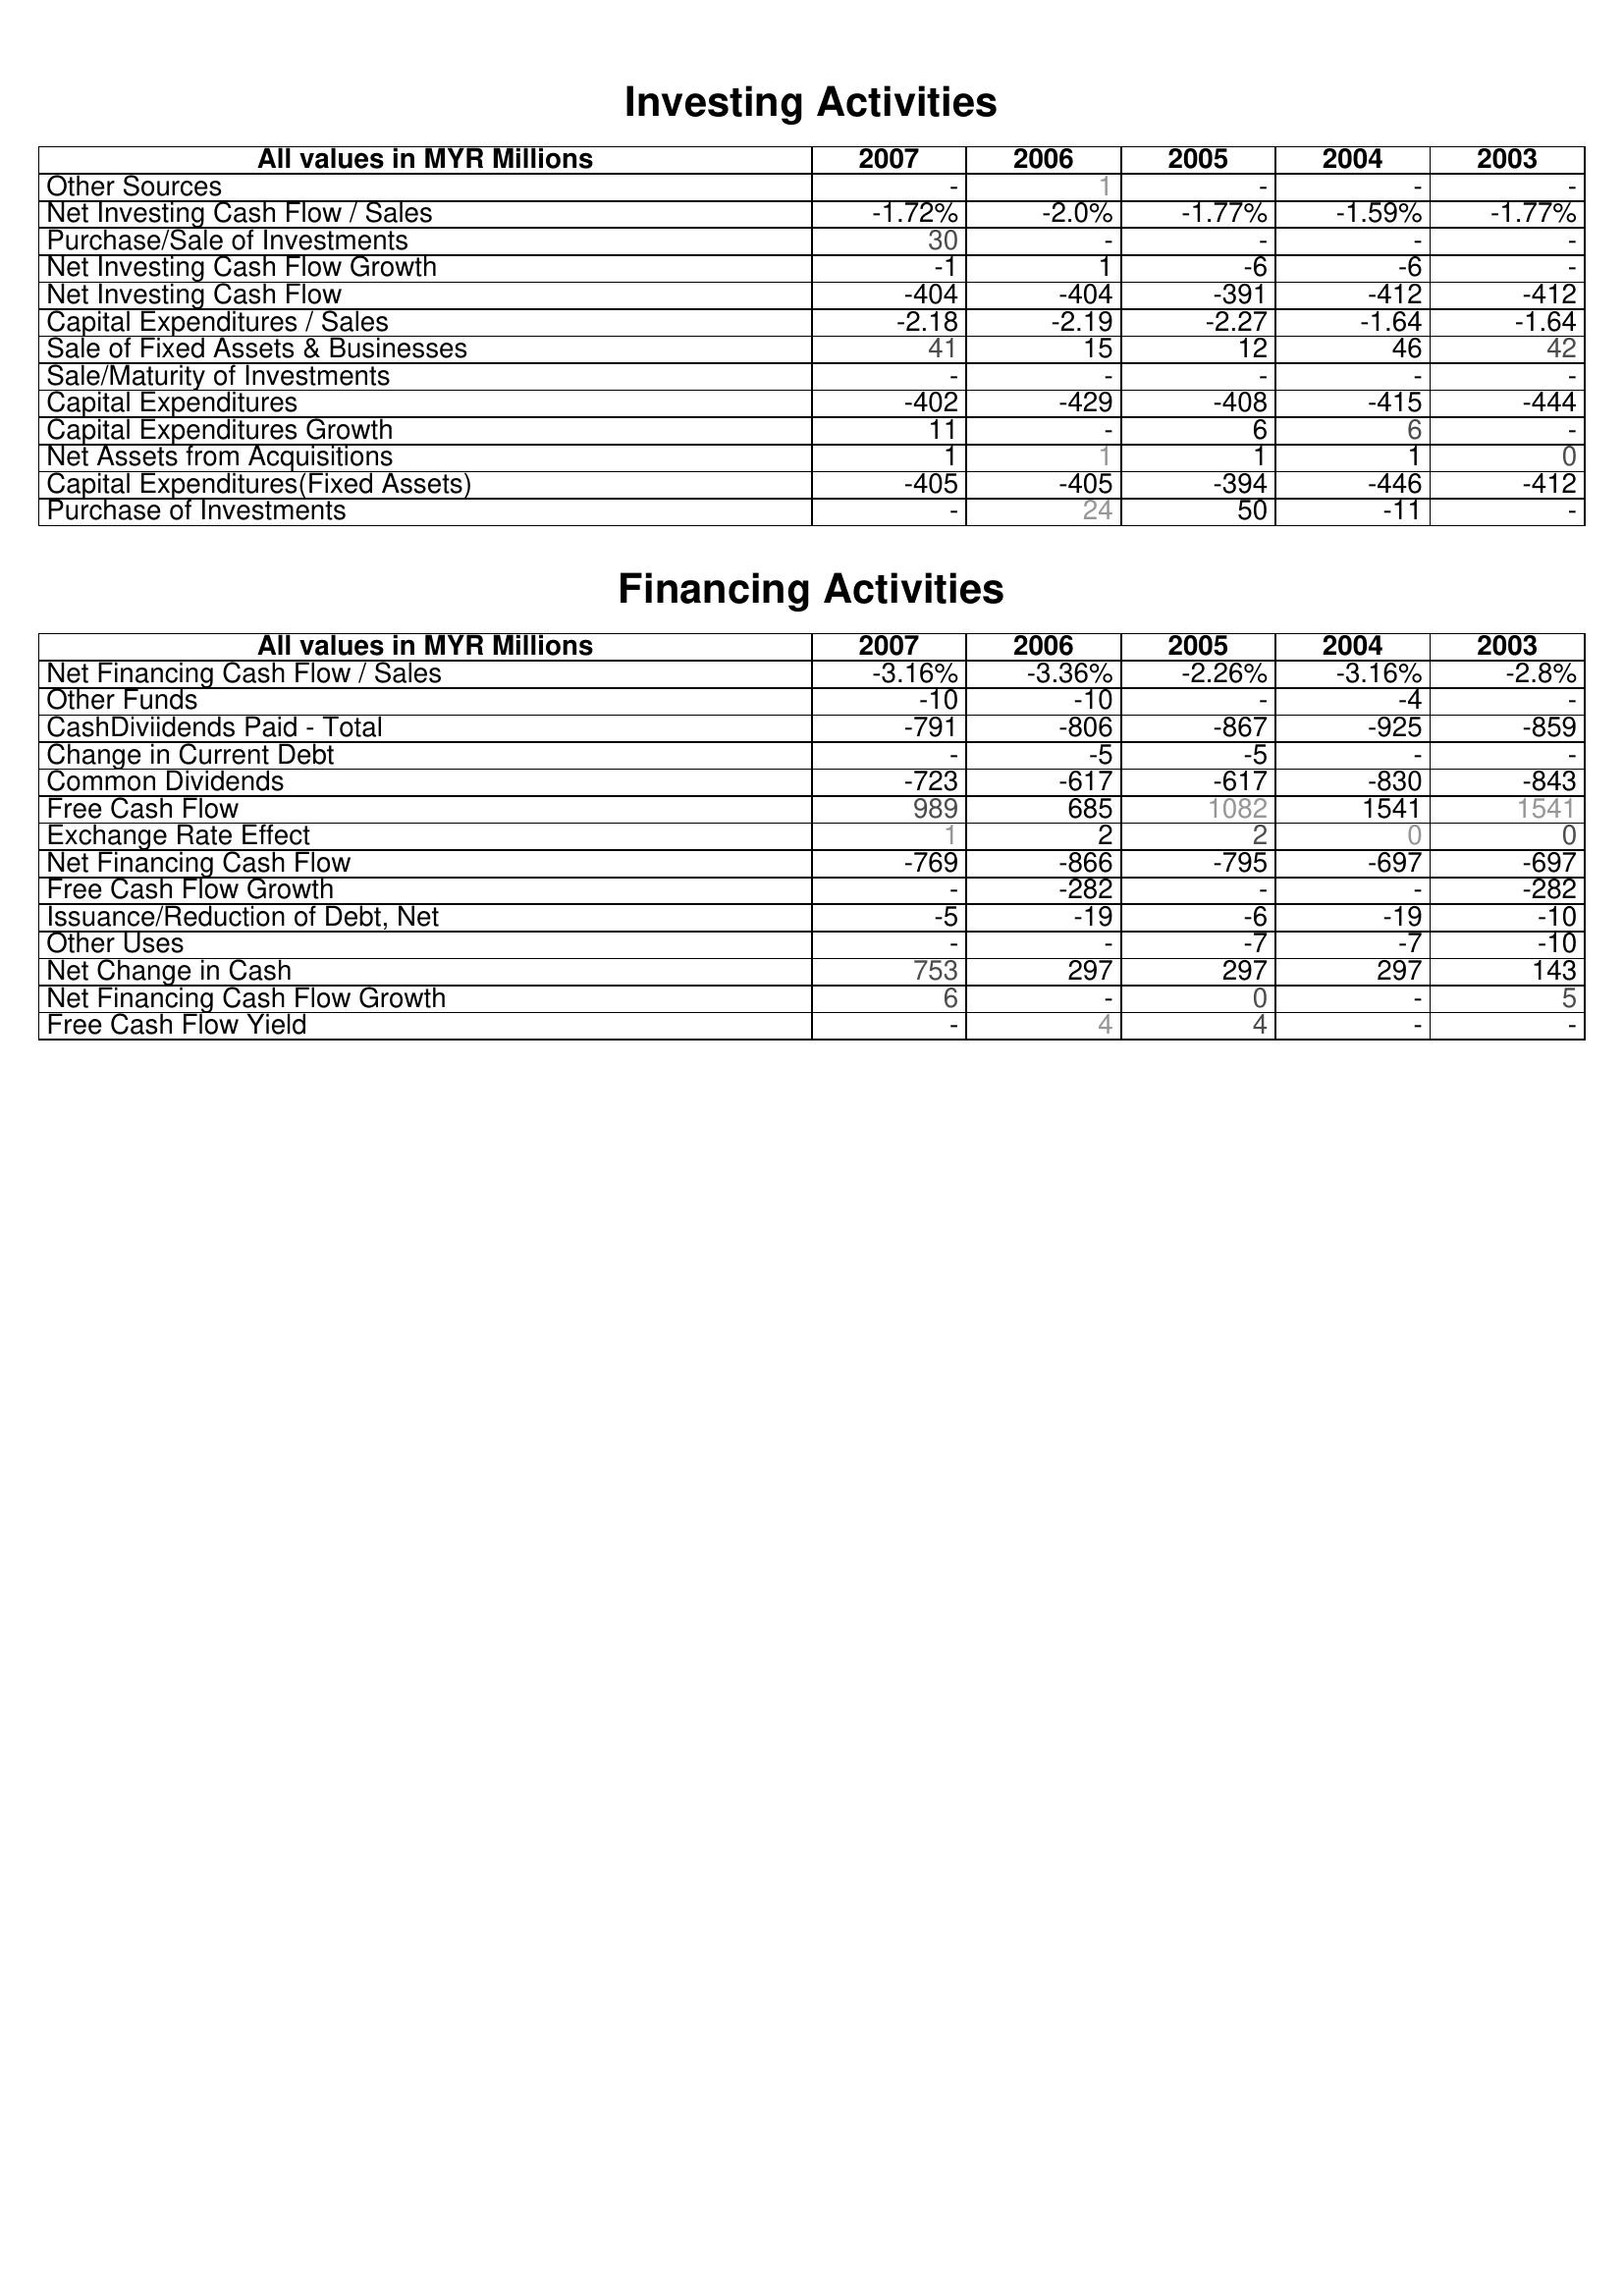
2007: Investing Activities: Other Sources: -
Net Investing Cash Flow / Sales: -1.72%
Purchase/Sale of Investments: 30
Net Investing Cash Flow Growth: -1
Net Investing Cash Flow: -404
Capital Expenditures / Sales: -2.18
Sale of Fixed Assets & Businesses: 41
Sale/Maturity of Investments: -
Capital Expenditures: -402
Capital Expenditures Growth: 11
Net Assets from Acquisitions: 1
Capital Expenditures(Fixed Assets): -405
Purchase of Investments: -
Financing Activities: Net Financing Cash Flow / Sales: -3.16%
Other Funds: -10
CashDiviidends Paid - Total: -791
Change in Current Debt: -
Common Dividends: -723
Free Cash Flow: 989
Exchange Rate Effect: 1
Net Financing Cash Flow: -769
Free Cash Flow Growth: -
Issuance/Reduction of Debt, Net: -5
Other Uses: -
Net Change in Cash: 753
Net Financing Cash Flow Growth: 6
Free Cash Flow Yield: -
2006: Investing Activities: Other Sources: 1
Net Investing Cash Flow / Sales: -2.0%
Purchase/Sale of Investments: -
Net Investing Cash Flow Growth: 1
Net Investing Cash Flow: -404
Capital Expenditures / Sales: -2.19
Sale of Fixed Assets & Businesses: 15
Sale/Maturity of Investments: -
Capital Expenditures: -429
Capital Expenditures Growth: -
Net Assets from Acquisitions: 1
Capital Expenditures(Fixed Assets): -405
Purchase of Investments: 24
Financing Activities: Net Financing Cash Flow / Sales: -3.36%
Other Funds: -10
CashDiviidends Paid - Total: -806
Change in Current Debt: -5
Common Dividends: -617
Free Cash Flow: 685
Exchange Rate Effect: 2
Net Financing Cash Flow: -866
Free Cash Flow Growth: -282
Issuance/Reduction of Debt, Net: -19
Other Uses: -
Net Change in Cash: 297
Net Financing Cash Flow Growth: -
Free Cash Flow Yield: 4
2005: Investing Activities: Other Sources: -
Net Investing Cash Flow / Sales: -1.77%
Purchase/Sale of Investments: -
Net Investing Cash Flow Growth: -6
Net Investing Cash Flow: -391
Capital Expenditures / Sales: -2.27
Sale of Fixed Assets & Businesses: 12
Sale/Maturity of Investments: -
Capital Expenditures: -408
Capital Expenditures Growth: 6
Net Assets from Acquisitions: 1
Capital Expenditures(Fixed Assets): -394
Purchase of Investments: 50
Financing Activities: Net Financing Cash Flow / Sales: -2.26%
Other Funds: -
CashDiviidends Paid - Total: -867
Change in Current Debt: -5
Common Dividends: -617
Free Cash Flow: 1082
Exchange Rate Effect: 2
Net Financing Cash Flow: -795
Free Cash Flow Growth: -
Issuance/Reduction of Debt, Net: -6
Other Uses: -7
Net Change in Cash: 297
Net Financing Cash Flow Growth: 0
Free Cash Flow Yield: 4
2004: Investing Activities: Other Sources: -
Net Investing Cash Flow / Sales: -1.59%
Purchase/Sale of Investments: -
Net Investing Cash Flow Growth: -6
Net Investing Cash Flow: -412
Capital Expenditures / Sales: -1.64
Sale of Fixed Assets & Businesses: 46
Sale/Maturity of Investments: -
Capital Expenditures: -415
Capital Expenditures Growth: 6
Net Assets from Acquisitions: 1
Capital Expenditures(Fixed Assets): -446
Purchase of Investments: -11
Financing Activities: Net Financing Cash Flow / Sales: -3.16%
Other Funds: -4
CashDiviidends Paid - Total: -925
Change in Current Debt: -
Common Dividends: -830
Free Cash Flow: 1541
Exchange Rate Effect: 0
Net Financing Cash Flow: -697
Free Cash Flow Growth: -
Issuance/Reduction of Debt, Net: -19
Other Uses: -7
Net Change in Cash: 297
Net Financing Cash Flow Growth: -
Free Cash Flow Yield: -
2003: Investing Activities: Other Sources: -
Net Investing Cash Flow / Sales: -1.77%
Purchase/Sale of Investments: -
Net Investing Cash Flow Growth: -
Net Investing Cash Flow: -412
Capital Expenditures / Sales: -1.64
Sale of Fixed Assets & Businesses: 42
Sale/Maturity of Investments: -
Capital Expenditures: -444
Capital Expenditures Growth: -
Net Assets from Acquisitions: 0
Capital Expenditures(Fixed Assets): -412
Purchase of Investments: -
Financing Activities: Net Financing Cash Flow / Sales: -2.8%
Other Funds: -
CashDiviidends Paid - Total: -859
Change in Current Debt: -
Common Dividends: -843
Free Cash Flow: 1541
Exchange Rate Effect: 0
Net Financing Cash Flow: -697
Free Cash Flow Growth: -282
Issuance/Reduction of Debt, Net: -10
Other Uses: -10
Net Change in Cash: 143
Net Financing Cash Flow Growth: 5
Free Cash Flow Yield: -